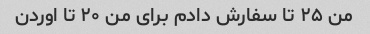
من ۲۵ تا سفارش دادم برای من ۲۰ تا اوردن